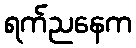
ရက်ညနေက